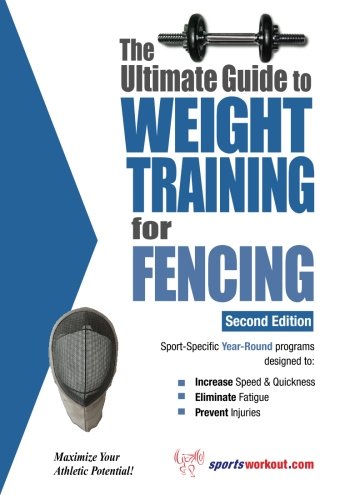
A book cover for The Ultimate Guide to Weight Training for Fencing (Ultimate Guide to Weight Training: Fencing); Rob Price; Health, Fitness & Dieting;